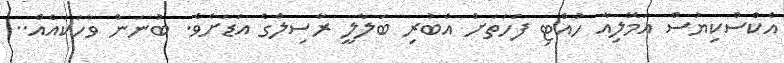
އެކްސްކިޔުސް އަމޭލިއާ ހުއްޓި ފަހަތަށް އެބުރި ބަލާލީ ރާސިލްގެ އަޑަށެވެ. ބުނަން ވާހަކައެއް..